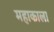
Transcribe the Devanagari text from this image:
महाकाला